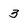
Character: 3